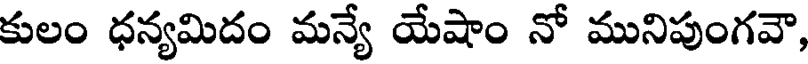
కులం ధన్యమిదం మన్యే యేషాం నో మునిపుంగవా,